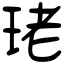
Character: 珯